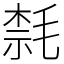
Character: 㲡